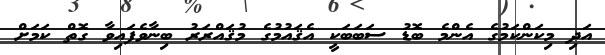
އަދި މިކަންކަމުގެ އެންމެ ބޮޑު ސަބަބަކީ އެޤައުމުގެ މުޤައްރަރު ބިނާވެފައިވާ ގޮތް ކަމަށް